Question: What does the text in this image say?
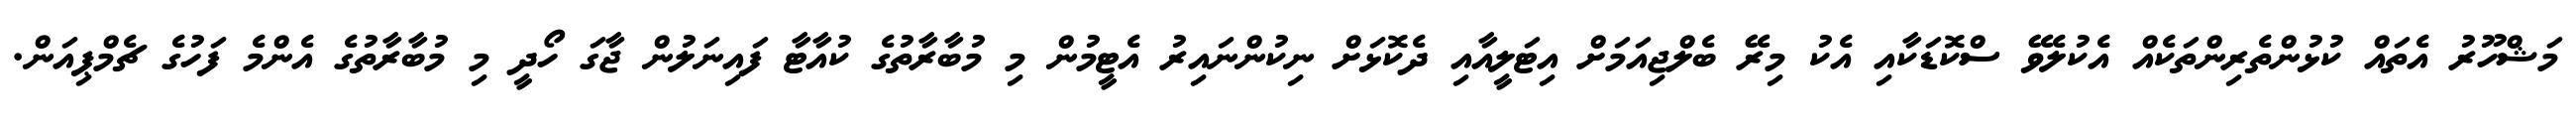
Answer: މަޝްހޫރު އެތައް ކުޅުންތެރިންތަކެއް އެކުލެވޭ ސްކޮޑަކާއި އެކު މިރޭ ބެލްޖިއަމަށް އިޓަލީއާއި ދެކޮޅަށް ނިކުންނައިރު އެޓީމުން މި މުބާރާތުގެ ކުއާޓާ ފައިނަލުން ޖާގަ ހޯދީ މި މުބާރާތުގެ އެންމެ ފަހުގެ ޗެމްޕިއަން.